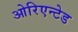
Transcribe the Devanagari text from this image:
ओरिएन्टेड